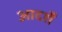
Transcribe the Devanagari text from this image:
आदर्शें